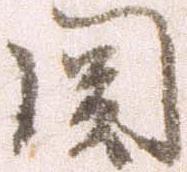
関